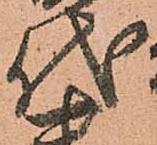
代